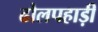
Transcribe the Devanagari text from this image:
ढोलपहाड़ी